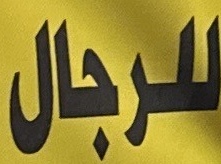
للرجال